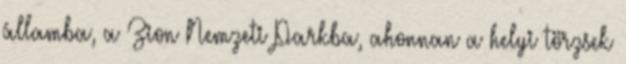
államba, a Zion Nemzeti Parkba, ahonnan a helyi törzsek